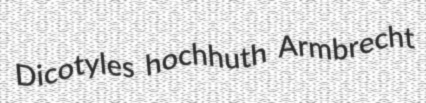
Dicotyles hochhuth Armbrecht